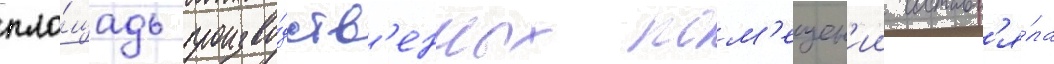
пло́щадь произво́дств'енных пом'ещен'ии составл'я́ла